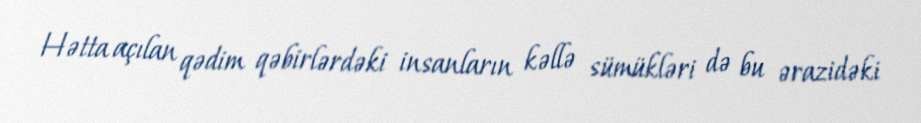
Hətta açılan qədim qəbirlərdəki insanların kəllə sümükləri də bu ərazidəki